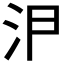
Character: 𭯸